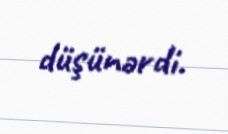
düşünərdi.